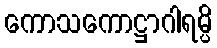
ကောသကောဋ္ဌာဂါရမ္ပိ